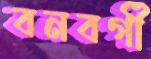
বনবর্গী